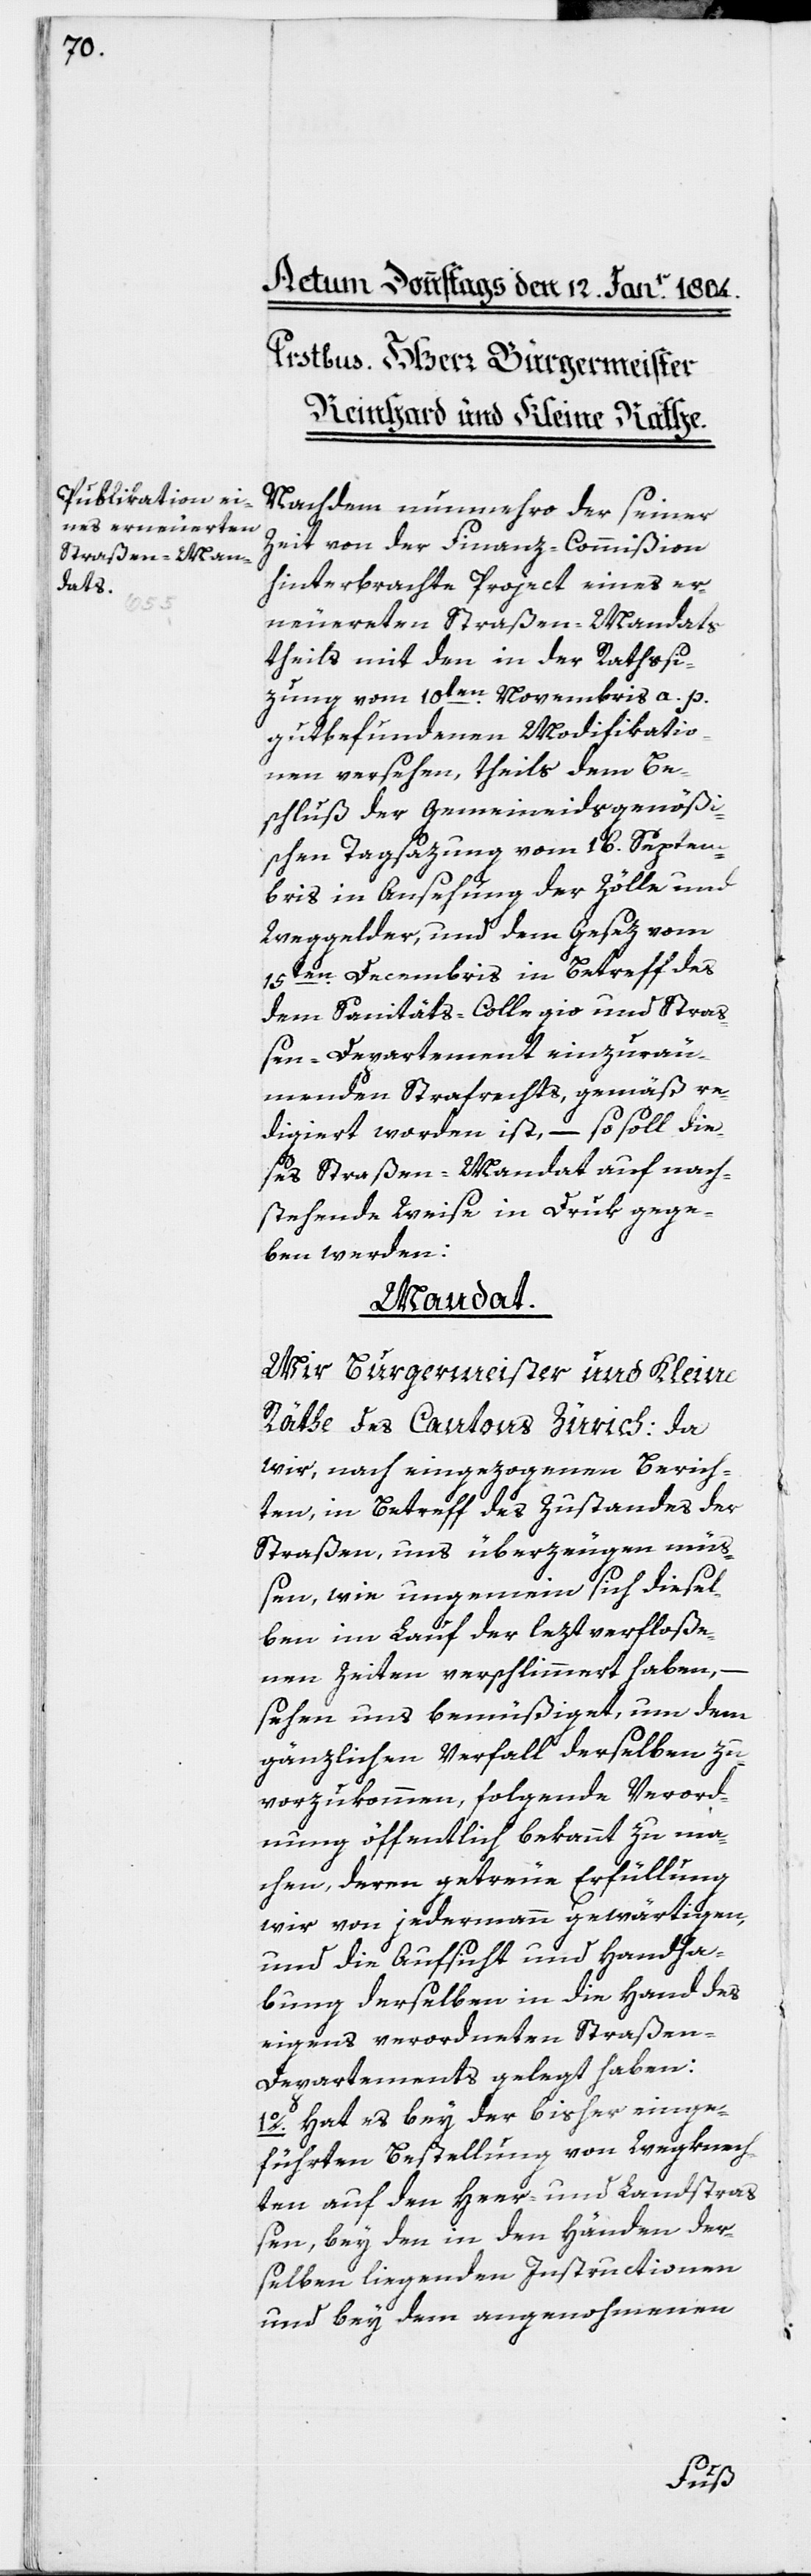
Nachdem nunmehro der seiner
Zeit von der Finanz-Commißion
hinterbrachte Project eines er¬
neuerten Straßen-Mandats
theils mit den in der Rathssi¬
zung vom 10ten. Novembris a. p.
gutbefundenen Modifikatio¬
nen versehen, theils dem Be¬
schluß der gemeineidsgenößi¬
schen Tagsazung vom 16. Septem¬
bris in Ansehung der Zölle und
Weggelder, und dem Gesez vom
15ten. Decembris in Betreff des
dem Sanitäts-Collegio und Straß¬
en-Departement einzuräu¬
menden Strafrechts, gemäß re¬
digiert worden ist, – so soll die¬
ses Straßen-Mandat auf nach¬
stehende Weise in Druk gege¬
ben werden:
Mandat.
Wir Burgermeister und Kleine
Räthe des Cantons Zürich: da
wir, nach eingezogenen Berich¬
ten in Betreff des Zustandes der
Straßen, uns überzeugen müß¬
en, wie ungemein sich diesel¬
ben im Lauf der leztverfloße¬
nen Zeiten verschlimmert haben,
sehen uns bemüßiget, um dem
gänzlichen Verfall derselben zu¬
vorzukommen, folgende Verord¬
nung öffentlich bekannt zu ma¬
chen, deren getreue Erfüllung
wir von jedermann gewärtigen,
und die Aufsicht und Handha¬
bung derselben in die Hand des
eigens verordneten Straße¬
n-Departements gelegt haben:
1o. Hat es bey der bisher einge¬
führten Bestellung von Wegknech¬
ten auf den Heer- und Landstraß¬
en, bey den in den Händen der¬
selben liegenden Instructionen
und bey dem angenohmenen